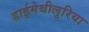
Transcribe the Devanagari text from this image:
डाईमेथीलुरिया